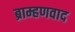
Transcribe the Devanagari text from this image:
ब्राम्हणवाद